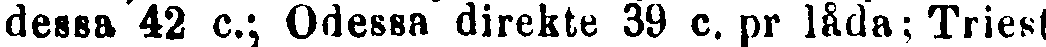
dessa 42 c.; Odessa direkte 39 c. pr låda;Triest